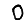
Digit: 0